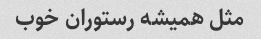
مثل همیشه رستوران خوب